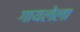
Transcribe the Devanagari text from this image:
गायलेला